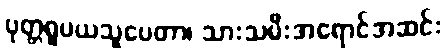
ပုတ္တရူပယသူပေတာ၊ သားသမီးအရောင်အဆင်း